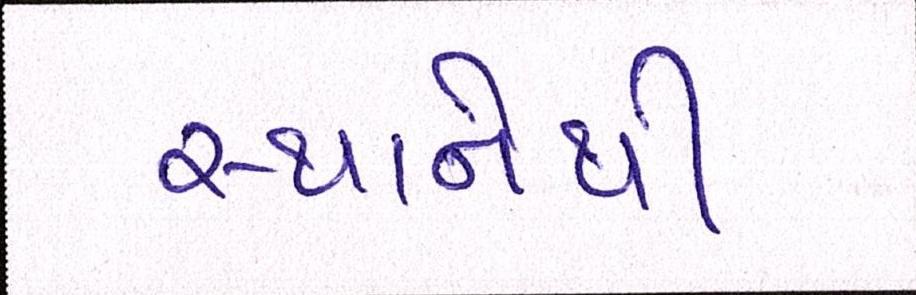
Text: સ્થાનેથી